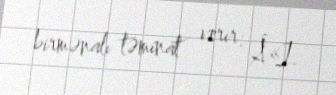
birmənalı təminat verir: Â«I.